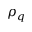
\rho _ { q }